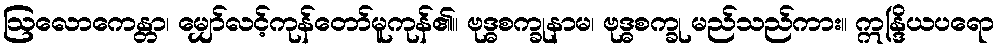
ဩလောကေန္တာ၊ မျှော်လင့်ကုန်တော်မူကုန်၏။ ဗုဒ္ဓစက္ခုနာမ၊ ဗုဒ္ဓစက္ခု မည်သည်ကား။ ဣန္ဒြိယပရော